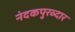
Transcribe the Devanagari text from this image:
नंदकपुरव्दार